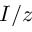
I / z